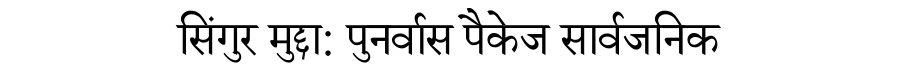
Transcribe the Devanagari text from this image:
सिंगुर मुद्दा: पुनर्वास पैकेज सार्वजनिक